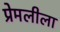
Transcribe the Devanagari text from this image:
प्रेमलीला